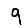
Digit: 9